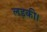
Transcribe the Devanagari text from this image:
लड़की।